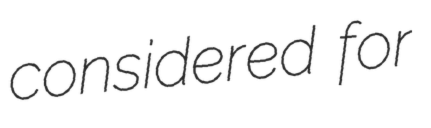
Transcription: considered for